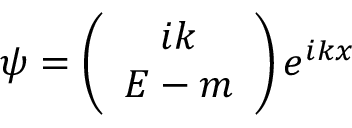
\psi = \left( \begin{array} { c } { { i k } } \\ { { E - m } } \end{array} \right) e ^ { i k x }